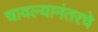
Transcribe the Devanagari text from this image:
चावल्यानंतरचे